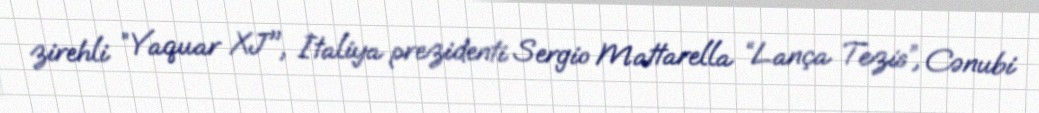
zirehli ”Yaquar XJ", İtaliya prezidenti Sergio Mattarella “Lança Tezis”, Cənubi